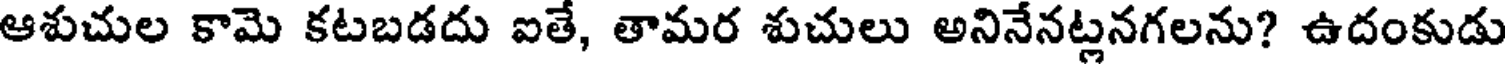
ఆశుచుల కామె కటబడదు ఐతే, తామర శుచులు అనినేనట్లనగలను? ఉదంకుడు